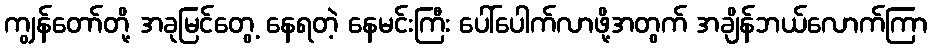
ကျွန်တော်တို့ အခုမြင်တွေ့ နေရတဲ့ နေမင်းကြီး ပေါ်ပေါက်လာဖို့အတွက် အချိန်ဘယ်လောက်ကြာ